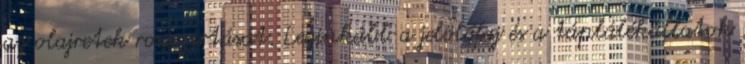
az olajretek rovarirtását. Leginkább a jelölőfaj és a táplálékállatok